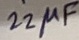
Text: 22µF